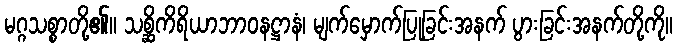
မဂ္ဂသစ္စာတို့၏။ သစ္ဆိကိရိယာဘာဝနဋ္ဌာနံ၊ မျက်မှောက်ပြုခြင်းအနက် ပွားခြင်းအနက်တို့ကို။